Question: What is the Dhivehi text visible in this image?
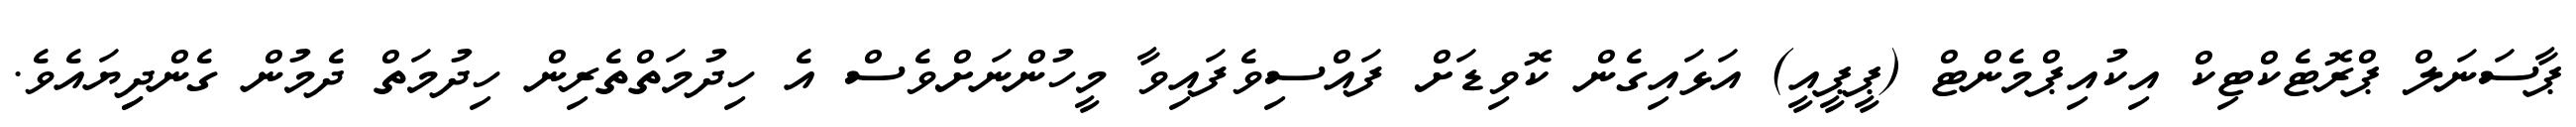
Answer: ޕާސަނަލް ޕްރޮޓެކްޓިކް އިކުއިޕްމެންޓް (ޕީޕީއީ) އަޅައިގެން ކޮވިޑަށް ފައްސިވެފައިވާ މީހުންނަށްވެސް އެ ހިދުމަތްތެރިން ހިދުމަތް ދެމުން ގެންދިިޔައެވެ.